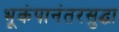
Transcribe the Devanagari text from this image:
भूकंपानंतरसुद्धा